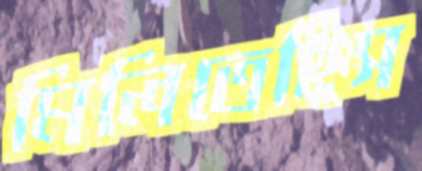
মিলিতেছিস